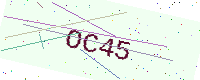
Text: OC45